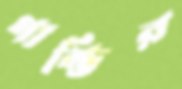
গাম্ভির